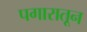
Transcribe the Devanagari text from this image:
पगारातून